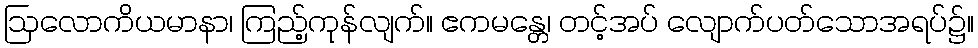
ဩလောကိယမာနာ၊ ကြည့်ကုန်လျက်။ ဧကမန္တေ၊ တင့်အပ် လျောက်ပတ်သောအရပ်၌။